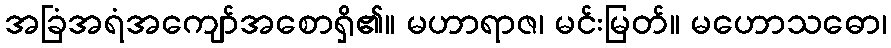
အခြံအရံအကျော်အစောရှိ၏။ မဟာရာဇ၊ မင်းမြတ်။ မဟောသဓော၊